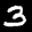
Label: 3